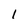
Character: l